Vaccination report Assam 1874-1896 - 1874-1896
Year: 1874
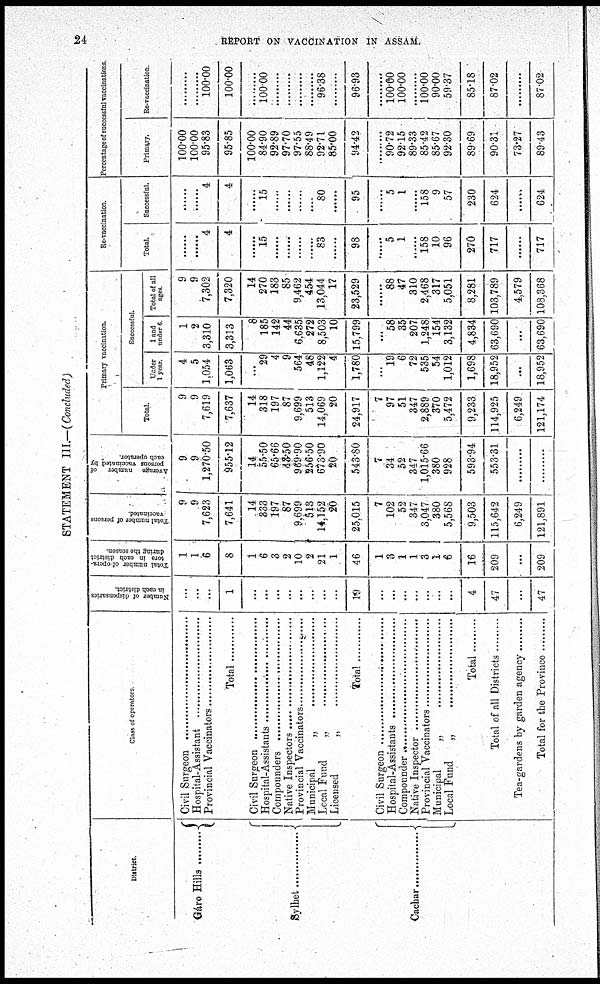
24
REPORT ON VACCINATION IN ASSAM.
STATEMENT III.—(Concluded)
District.
Gára Hills ...............
Sylhet ...............
Cachar ...............
Class of operators
Civil Surgeon ..............................
Hospital-Assistant ...........................
Provincial Vaccinators ........................
Total
Civil Surgeon ..............................
Hospital-Assistant ...........................
Compounders ...........................
Native Inspectors ..............................
Provincial Vaccinators ........................
Municipal „ ..............................
Local Fund „ ..............................
Licensed „ ..............................
Total ............
Civil Surgeon ..............................
Hospital-Assistant ...........................
Compounders ...........................
Native Inspectors ..............................
Provincial Vaccinators ........................
Municipal „ ..............................
Local Fund „ ..............................
Total
Total of all Districts
Tea-gardens by garden agency .........
Total for the Province .........
Number of dispensaries
in each district.
...
...
...
1
...
...
...
...
...
...
...
...
19
...
...
...
...
...
...
...
4
47
...
47
Total number of opera-
tors in each district
during the season.
1
1
6
8
1
6
3
2
10
2
21
1
46
1
3
1
1
3
1
6
16
209
...
209
Total number of persons
vaccinated
9
9
7,623
7,641
14
333
197
87
9,699
513
14,152
20
25,015
7
102
52
347
3,047
380
5,568
9,503
115,642
6,249
121,891
Average number of
persons vaccinated by
each operator.
9
9
1,270.50
955.12
14
55.50
65.66
43.50
969.90
256.50
673.90
20
543.80
7
34
52
347
1,015.66
380
928
593.94
553.31
......
......
Primary vaccination.
Total.
9
9
7,619
7,637
14
318
197
87
9,699
513
14,069
20
24,917
7
97
51
347
2,889
370
5,472
9,233
114,925
6,249
121,174
Saccessful
Under
1 year.
4
5
1,054
1,063
...
29
4
9
564
48
1,122
4
1,780
...
19
6
72
535
54
1,012
1,698
18,952
...
18,952
1 and
under 6.
1
2
3,310
3,313
8
185
142
44
6,635
272
8,503
10
15,799
...
58
35
207
1,248
154
3,132
4,834
63,690
...
63,690
Total of all
ages.
9
9
7,302
7,320
14
270
183
85
9,462
454
13,044
17
23,529
......
88
47
310
2,468
317
5,051
8,281
103,789
4,579
108,368
Re-vaccination.
Total.
......
......
4
4
......
15
......
......
......
......
83
......
98
......
5
1
......
158
10
96
270
717
......
717
Successful.
......
......
4
4
......
15
......
......
......
......
80
......
95
......
5
1
......
158
9
57
230
624
......
624
Percentage of successful vaccinations
Primary.
100.00
100.00
95.83
95.85
100.00
84.90
92.89
97.70
97.55
88.49
92.71
85.00
94.42
......
90.72
92.15
89.33
85.42
85.67
92.30
89.69
90.31
73.27
89.43
Re-vaccination.
......
......
100.00
100.00
......
100.00
......
......
......
......
96.38
......
96.93
......
100.00
100.00
......
100.00
90.00
59.37
85.18
87.02
......
87.02